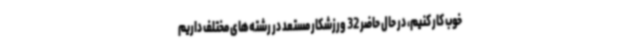
خوب کار کنیم، در حال حاضر 32 ورزشکار مستعد در رشته‌های مختلف داریم